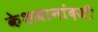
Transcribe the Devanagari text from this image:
केशवानांदजी